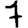
Digit: 7